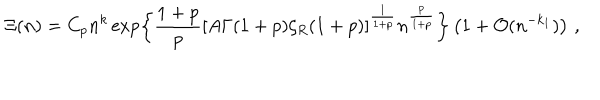
LaTeX: \Xi ( n ) = C _ { p } n ^ { k } \exp \left\{ \frac { 1 + p } { p } [ A \Gamma ( 1 + p ) \zeta _ { R } ( 1 + p ) ] ^ { \frac 1 { 1 + p } } n ^ { \frac { p } { 1 + p } } \right\} \left( 1 + { \cal O } ( n ^ { - k _ { 1 } } ) \right) \, \mathrm { , }